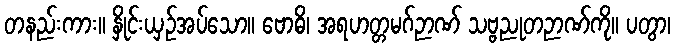
တနည်းကား။ နှိုင်းယှဉ်အပ်သော။ ဗောဓိ၊ အရဟတ္တမဂ်ဉာဏ် သဗ္ဗညုတဉာဏ်ကို။ ပတွာ၊